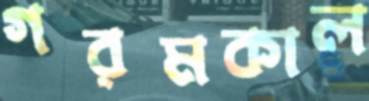
গরমকাল